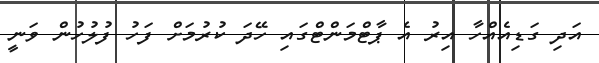
އަދި ގަޑިއެއްހާ އިރު އެ ޕާޓްމަންޓްގައި ހޭދަ ކުރުމަށް ފަހު ފުލުހުން ވަނީ